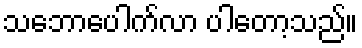
သဘောပေါက်လာ ပါတော့သည်။